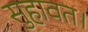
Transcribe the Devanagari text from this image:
सुहावत।